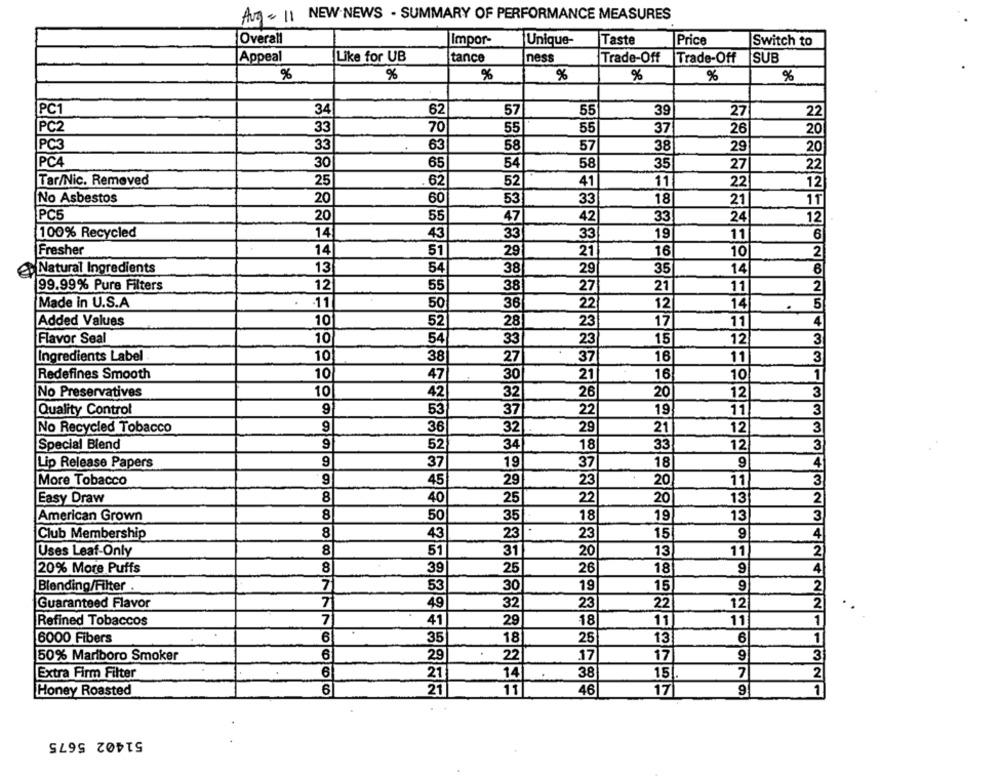
Aug- 11 NEW NEWS - SUMMARY OF PERFORMANCE MEASURES
Overall
Impor-
Unique-
Taste
Price
Switch to
Appeal
Like for UB
tance
ness
Trade-Off
Trade-Off
SUB
%
%
%
%
%
%
%
PC
34
62
57
55
39
27
22
PC2
33
70
55
55
37
26
20
PC3
33
63
58
57
38
29
20
PCA
30
65
54
58
35
27
22
Tar/Nic. Removed
25
62
52
41
11
22
12
No Asbestos
20
60
53
33
18
21
11
PC5
20
55
47
42
24
12
33
100% Recycled
33
6
14
43
33
19
11
Fresher
14
51
29
21
16
10
2
@Natural Ingredients
13
54
38
29
35
14
99.99% Pure Filters
12
55
38
27
21
11
Made in U.S.A
.
.11
22
50
36
12
14
Added Values
10
52
28
23
17
11
Flavor Seal
10
54
33
23
15
12
Ingredients Label
10
38
27
16
11
37
30
Redefines Smooth
10
47
21
16
10
No Preservatives
10
42
32
26
20
12
Quality Control
53
37
22
19
11
9
32
29
No Recycled Tobacco
36
21
12
9
34
Special Blend
52
18
33
12
Lip Release Papers
37
19
37
18
9
More Tobacco
45
29
23
20
11
8
22
Easy Draw
40
25
20
13
8
American Grown
50
35
18
19
13
Club Membership
8
43
23
23
15
Uses Leaf-Only
8
51
31
20
13
11
8
39
25
26
20% More Puffs
18
9
Blending/Filter
7
53
30
19
15
9
Guaranteed Flavor
7
49
32
23
22
12
Refined Tobaccos
7
41
29
18
11
11
6
6000 Fibers
35
18
25
13
6
.
50% Marlboro Smoker
6
29
22
17
17
9
Extra Firm Filter
6
21
14
38
15.
7
Honey Roasted
6
21
11
46
17
9
51402 5675